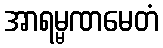
အာရမ္မဏမေတံ